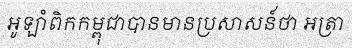
អូឡាំពិកកម្ពុជាបានមានប្រសាសន៍ថា អត្រា